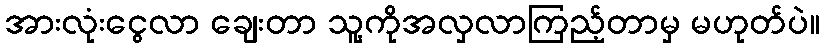
အားလုံးငွေလာ ချေးတာ သူ့ကိုအလှလာကြည့်တာမှ မဟုတ်ပဲ။